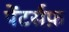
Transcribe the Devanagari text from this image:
पेंटर्सफ़